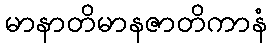
မာနာတိမာနဇာတိကာနံ